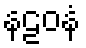
နဠဝနံ